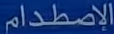
الإصطدام